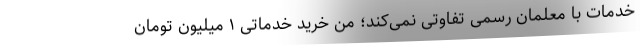
خدمات با معلمان رسمی تفاوتی نمی‌کند؛ من خرید خدماتی ۱ میلیون تومان